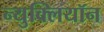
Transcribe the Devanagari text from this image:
न्युक्लियॉन